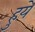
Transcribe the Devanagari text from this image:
हुयेे